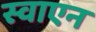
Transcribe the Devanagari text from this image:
स्वाएन